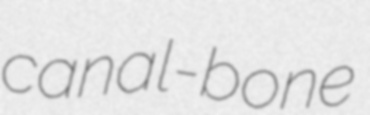
canal-bone